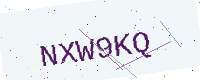
Text: NXW9KQ